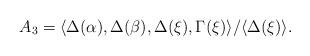
LaTeX: \begin{align*}A_3=\langle \Delta(\alpha), \Delta(\beta), \Delta(\xi), \Gamma(\xi) \rangle /\langle \Delta(\xi) \rangle.\end{align*}